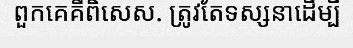
ពួកគេគឺពិសេស. ត្រូវតែទស្សនាដើម្បី